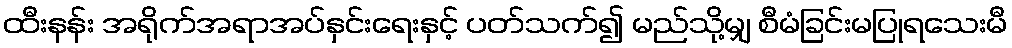
ထီးနန်း အရိုက်အရာအပ်နှင်းရေးနှင့် ပတ်သက်၍ မည်သို့မျှ စီမံခြင်းမပြုရသေးမီ